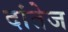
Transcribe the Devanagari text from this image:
दांतेज